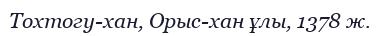
Тохтогу-хан, Орыс-хан ұлы, 1378 ж.